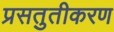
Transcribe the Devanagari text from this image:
प्रसतुतीकरण